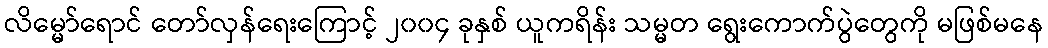
လိမ္မော်ရောင် တော်လှန်ရေးကြောင့် ၂၀၀၄ ခုနှစ် ယူကရိန်း သမ္မတ ရွေးကောက်ပွဲတွေကို မဖြစ်မနေ